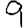
Digit: 9